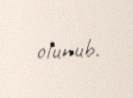
olunub.